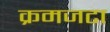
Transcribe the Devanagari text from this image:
क्रमजटा